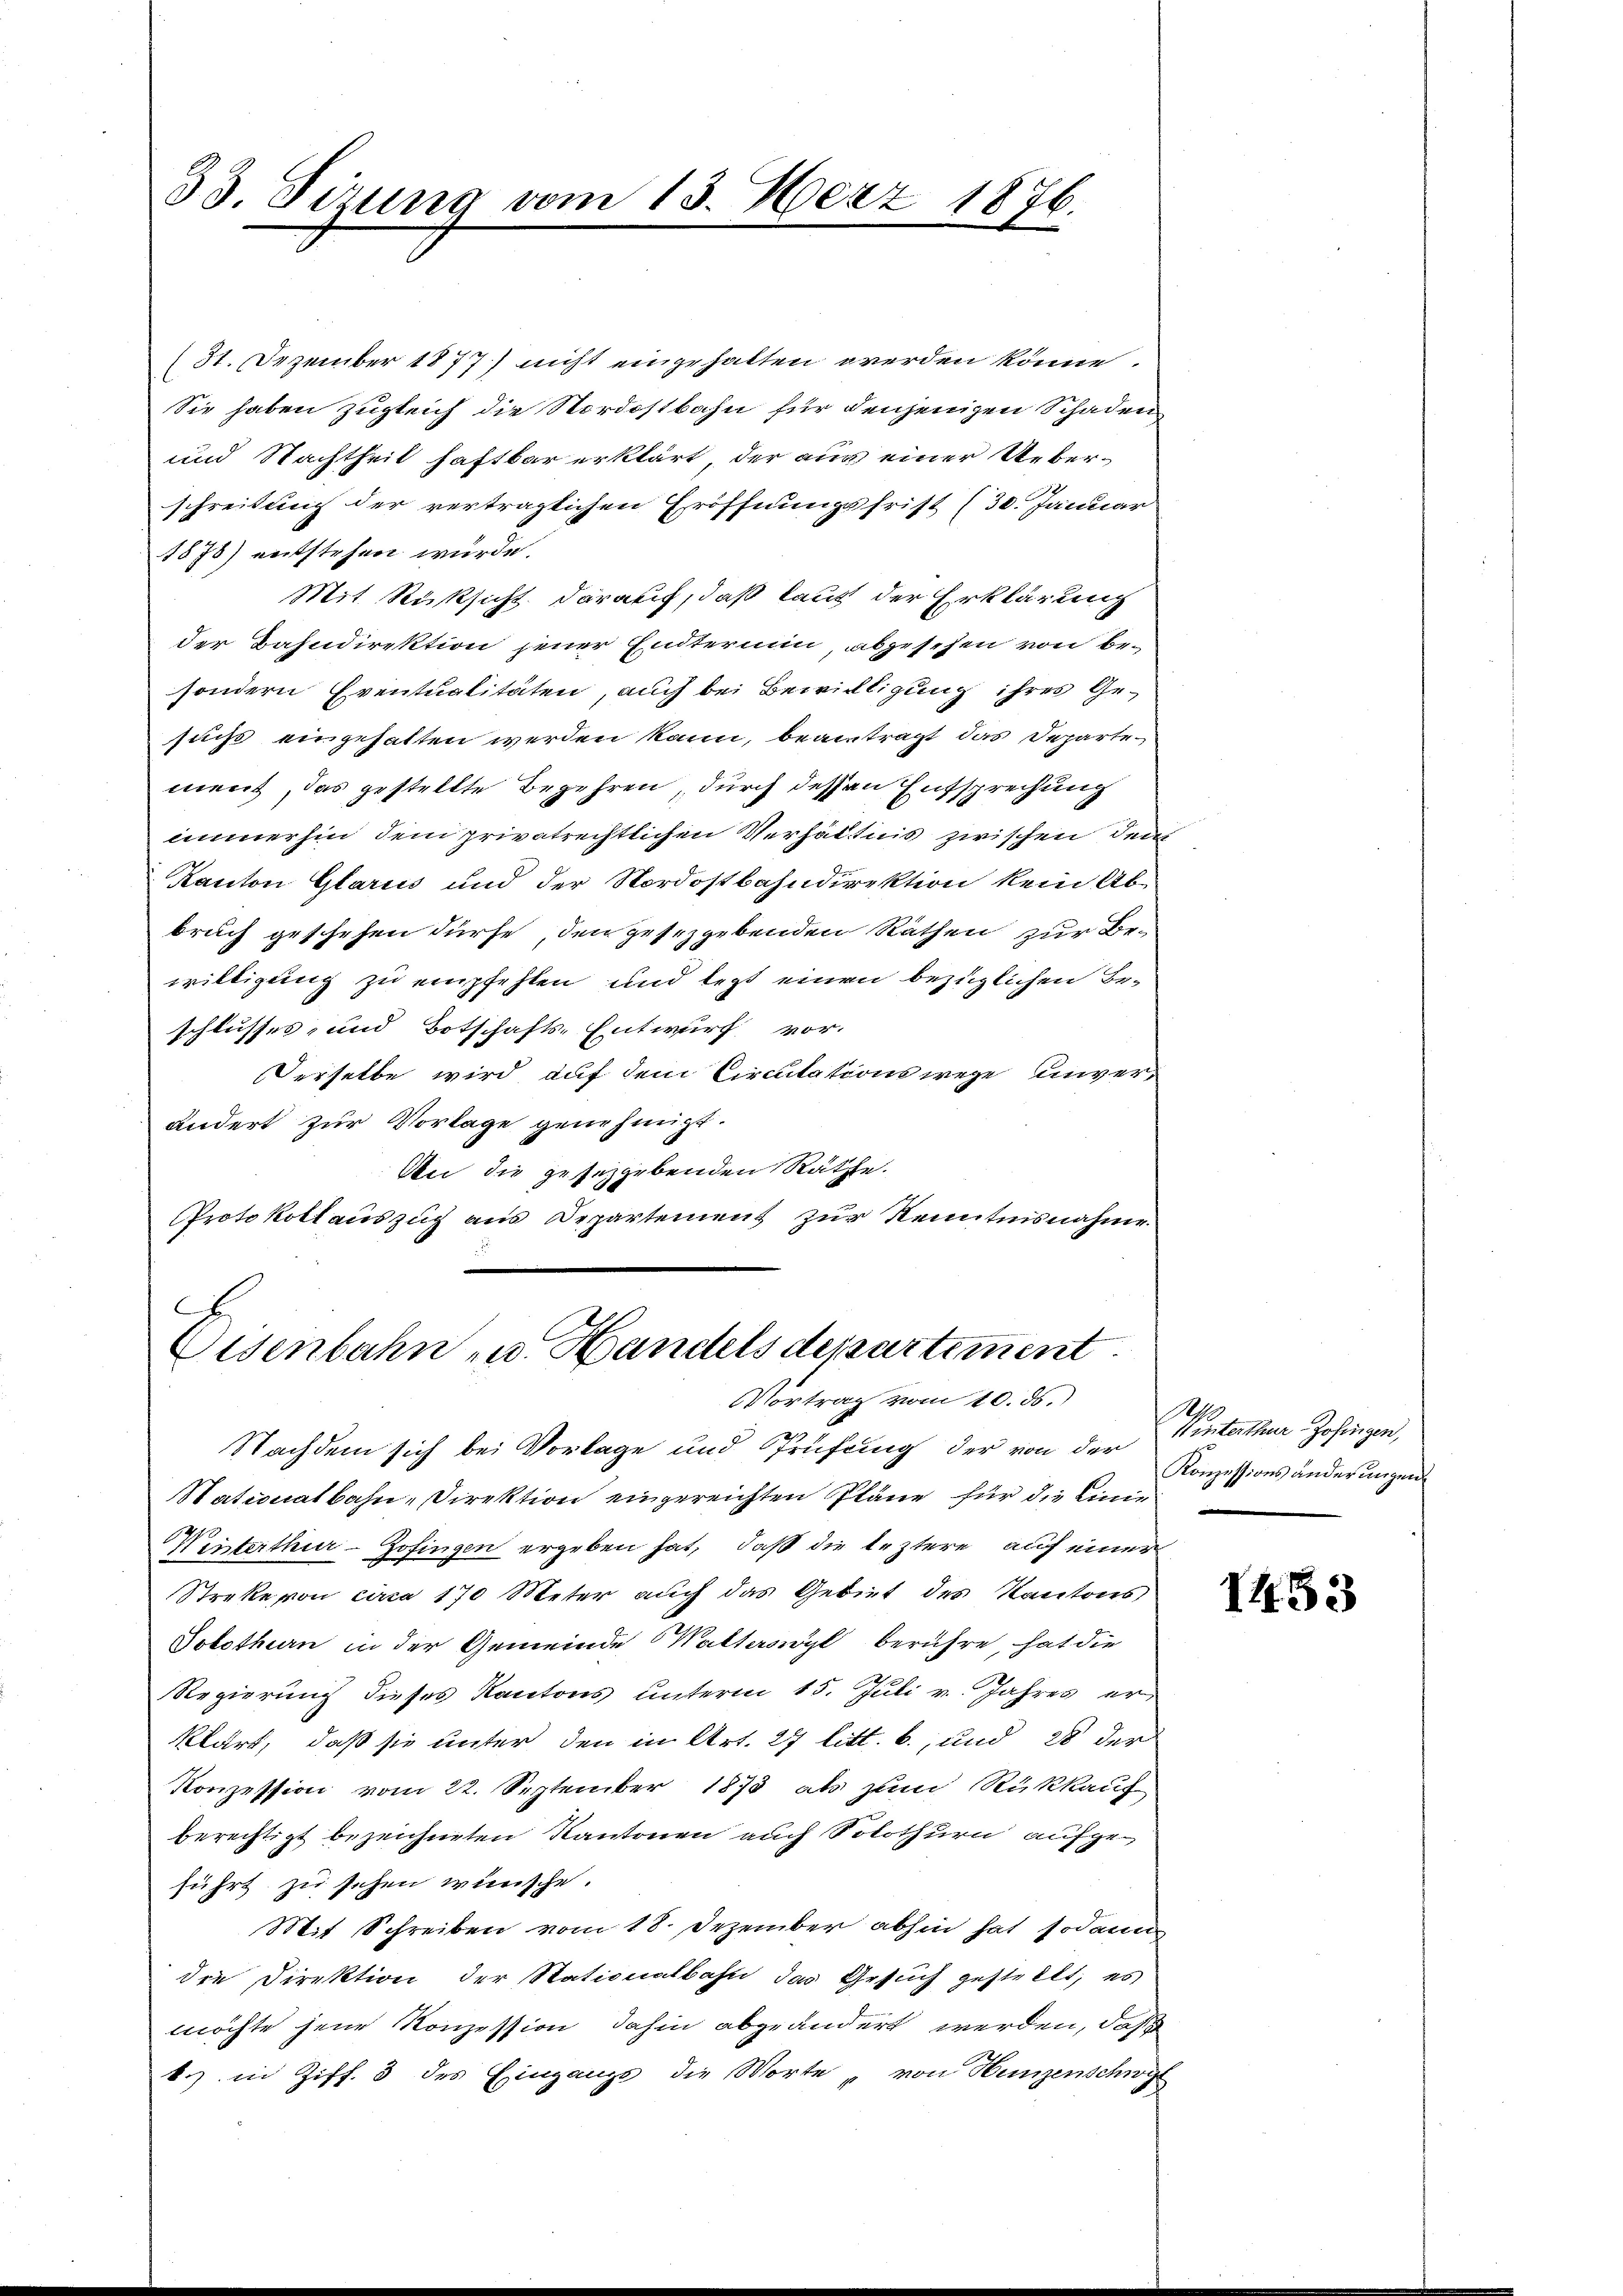
(31. Dezember 1877) nicht eingehalten werden könne.
Sie haben zugleich die Nordostbahn für denjenigen Schaden
und Nachtheil haftbar erklärt, der aus einer Ueberschreibung der vertraglichen Eröffnungsfrist (30. Januar
1878) entstehen würde.
Mit Rücksicht darauf, daß laut der Erklärung
der Bahndirektion jener Endterung, abgesehen von Besondern Eventualitäten, auch bei Bewilligung ihres Gesucht eingehalten werden kann, beantragt, das Departement, das gestellte Begehren, durch dessen Entsprechung
immerhin dem privatrechtlichen Verhältnis zwischen der
Kanton Glarus und der Nordostbahndirektion kein Abbruch geschehen dürfe, den gesetzgebenden Räthen zur Bewilligung zu empfehlen und legt einen bezüglichen Beschlusses, und Botschafts-Entwurf vor.
Derselbe wird auf dem Circulations wege unverändert zur Vorlage genehmigt.
An die gesetzgebenden Räthe.
Protokollauszug aus Departement zur Kenntnisnahme

33. Sizung vom 13. März 1876.

E
Oisenbahn u. Handels departiment.
Vortrag vom 10. ds.

Nachdem sich bei Vorlage und Prüfung der von der Einterthur Zofingen,
Nationalbahn-Direktion eingereichten Pläne für die Linie
Winterthur–Zofingen ergeben hat, daß die leztere auf einer
Streke von circa 170 Meter auch das Gebiet des Kantons
Solothurn in der Gemeinde Walterswyl berühre, hat die
Regierung dieses Kantons ŭnterm 15. Jŭli v. Jahres er-
klärt, daß sie unter den in Art. 27 litt. b., und 28 der
Konzession vom 22. September 1873 als zum Rückkauf
berechtigt bezeichneten Kantonen auch Solothurn aufgeführt zu sehen wünsche.
Mit Schreiben vom 18. Dezember abhin hat sodann
die Direktion der Stationalbahn das Gesuch gestellt, es
möchte jene Konzession dahin abgeändert werden, daß
k.) in Ziff. 3 des Eingangs die Worte „von Hunzenschwy

N
Konzessions anderungen

1453